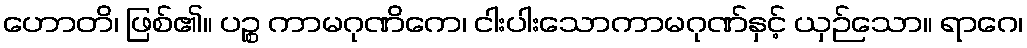
ဟောတိ၊ ဖြစ်၏။ ပဉ္စ ကာမဂုဏိကေ၊ ငါးပါးသောကာမဂုဏ်နှင့် ယှဉ်သော။ ရာဂေ၊